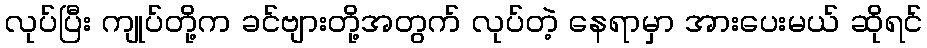
လုပ်ပြီး ကျုပ်တို့က ခင်ဗျားတို့အတွက် လုပ်တဲ့ နေရာမှာ အားပေးမယ် ဆိုရင်